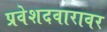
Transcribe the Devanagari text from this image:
प्रवेशदवारावर